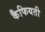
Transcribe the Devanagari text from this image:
कैफियती